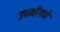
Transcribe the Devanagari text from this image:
उपभोगणे